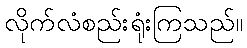
လိုက်လံစည်းရုံးကြသည်။